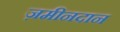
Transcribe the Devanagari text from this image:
ज़मीनदान